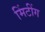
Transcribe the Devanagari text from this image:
मिंटींग